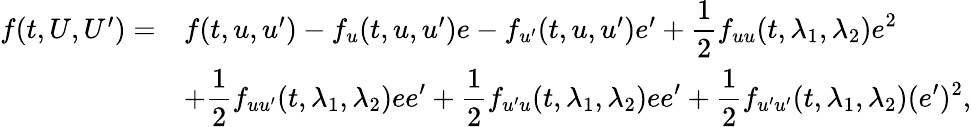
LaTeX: \begin{array}{r}{\begin{array}{rl}{f(t,U,U^{\prime})=}&{f(t,u,u^{\prime})-f_{u}(t,u,u^{\prime})e-f_{u^{\prime}}(t,u,u^{\prime})e^{\prime}+\displaystyle\frac{1}{2}f_{uu}(t,\lambda_{1},\lambda_{2})e^{2}}\\ &{+\displaystyle\frac{1}{2}f_{uu^{\prime}}(t,\lambda_{1},\lambda_{2})ee^{\prime}+\displaystyle\frac{1}{2}f_{u^{\prime}u}(t,\lambda_{1},\lambda_{2})ee^{\prime}+\displaystyle\frac{1}{2}f_{u^{\prime}u^{\prime}}(t,\lambda_{1},\lambda_{2})(e^{\prime})^{2},}\end{array}}\end{array}